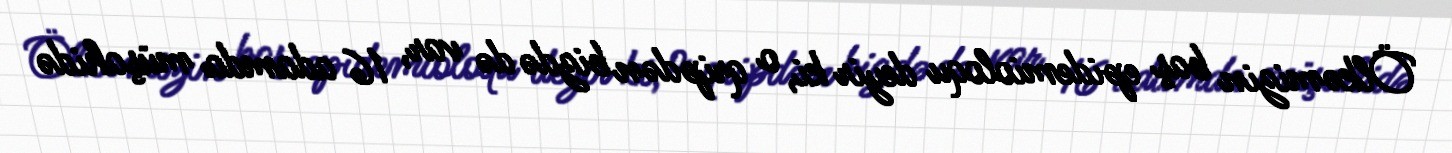
Ölkəmizin baş epidemioloqu deyir ki, o qripdən bizdə də var, 16 adamda müşahidə